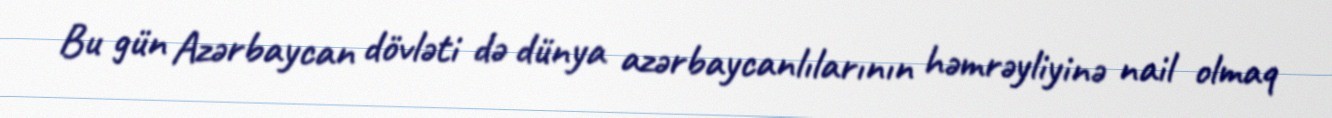
Bu gün Azərbaycan dövləti də dünya azərbaycanlılarının həmrəyliyinə nail olmaq